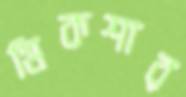
মিকশার